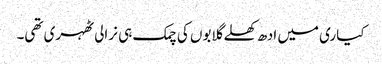
کیاری میں ادھ کھلے گلابوں کی چمک ہی نرالی ٹھہری تھی۔